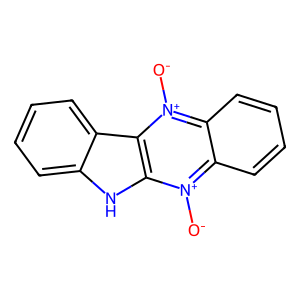
SMILES: [O-][n+]1c2ccccc2[n+]([O-])c2c3ccccc3[nH]c21
Inhibits HIV replication: No